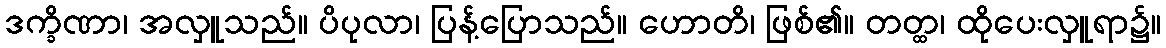
ဒက္ခိဏာ၊ အလှူသည်။ ပိပုလာ၊ ပြန့်ပြောသည်။ ဟောတိ၊ ဖြစ်၏။ တတ္ထ၊ ထိုပေးလှူရာ၌။